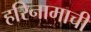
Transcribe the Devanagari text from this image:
हरिनामाची